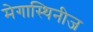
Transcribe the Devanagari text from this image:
मेगास्थिनीज